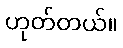
ဟုတ်တယ်။